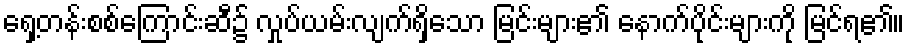
ရှေ့တန်းစစ်ကြောင်းဆီ၌ လှုပ်ယမ်းလျက်ရှိသော မြင်းများ၏ နောက်ပိုင်းများကို မြင်ရ၏။